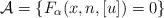
LaTeX: \begin{align*}\mathcal{A}=\{F_{\alpha}(x,n,[u])=0\}\end{align*}